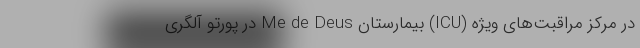
در مرکز مراقبت‌های ویژه (ICU) بیمارستان Me de Deus در پورتو آلگری